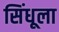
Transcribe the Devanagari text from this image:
सिंधूला